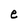
Character: e